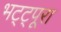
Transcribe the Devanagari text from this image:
भट्ट्पूरा